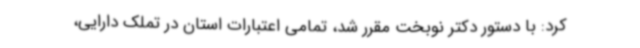
کرد: با دستور دکتر نوبخت مقرر شد، تمامی اعتبارات استان در تملک دارایی،